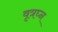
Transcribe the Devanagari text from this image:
वृत्रघ्न